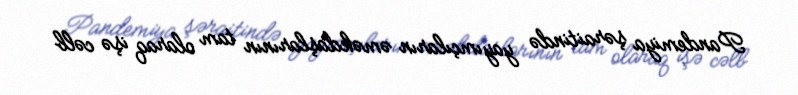
Pandemiya şəraitində yayımçıların əməkdaşlarının tam olaraq işə cəlb